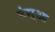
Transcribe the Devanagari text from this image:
हंसुआ